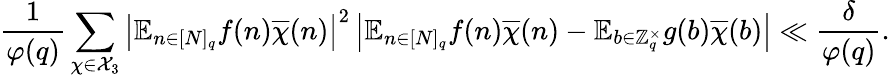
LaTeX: \frac{1}{\varphi(q)}\sum_{\chi\in\mathcal{X}_{3}}\left|\mathbb{E}_{n\in[N]_{q}}f(n)\overline{{\chi}}(n)\right|^{2}\left|\mathbb{E}_{n\in[N]_{q}}f(n)\overline{{\chi}}(n)-\mathbb{E}_{b\in\mathbb{Z}_{q}^{\times}}g(b)\overline{{\chi}}(b)\right|\ll\frac{\delta}{\varphi(q)}.